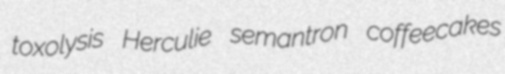
toxolysis Herculie semantron coffeecakes